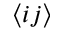
\langle i j \rangle